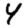
Digit: 4